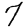
Digit: 7